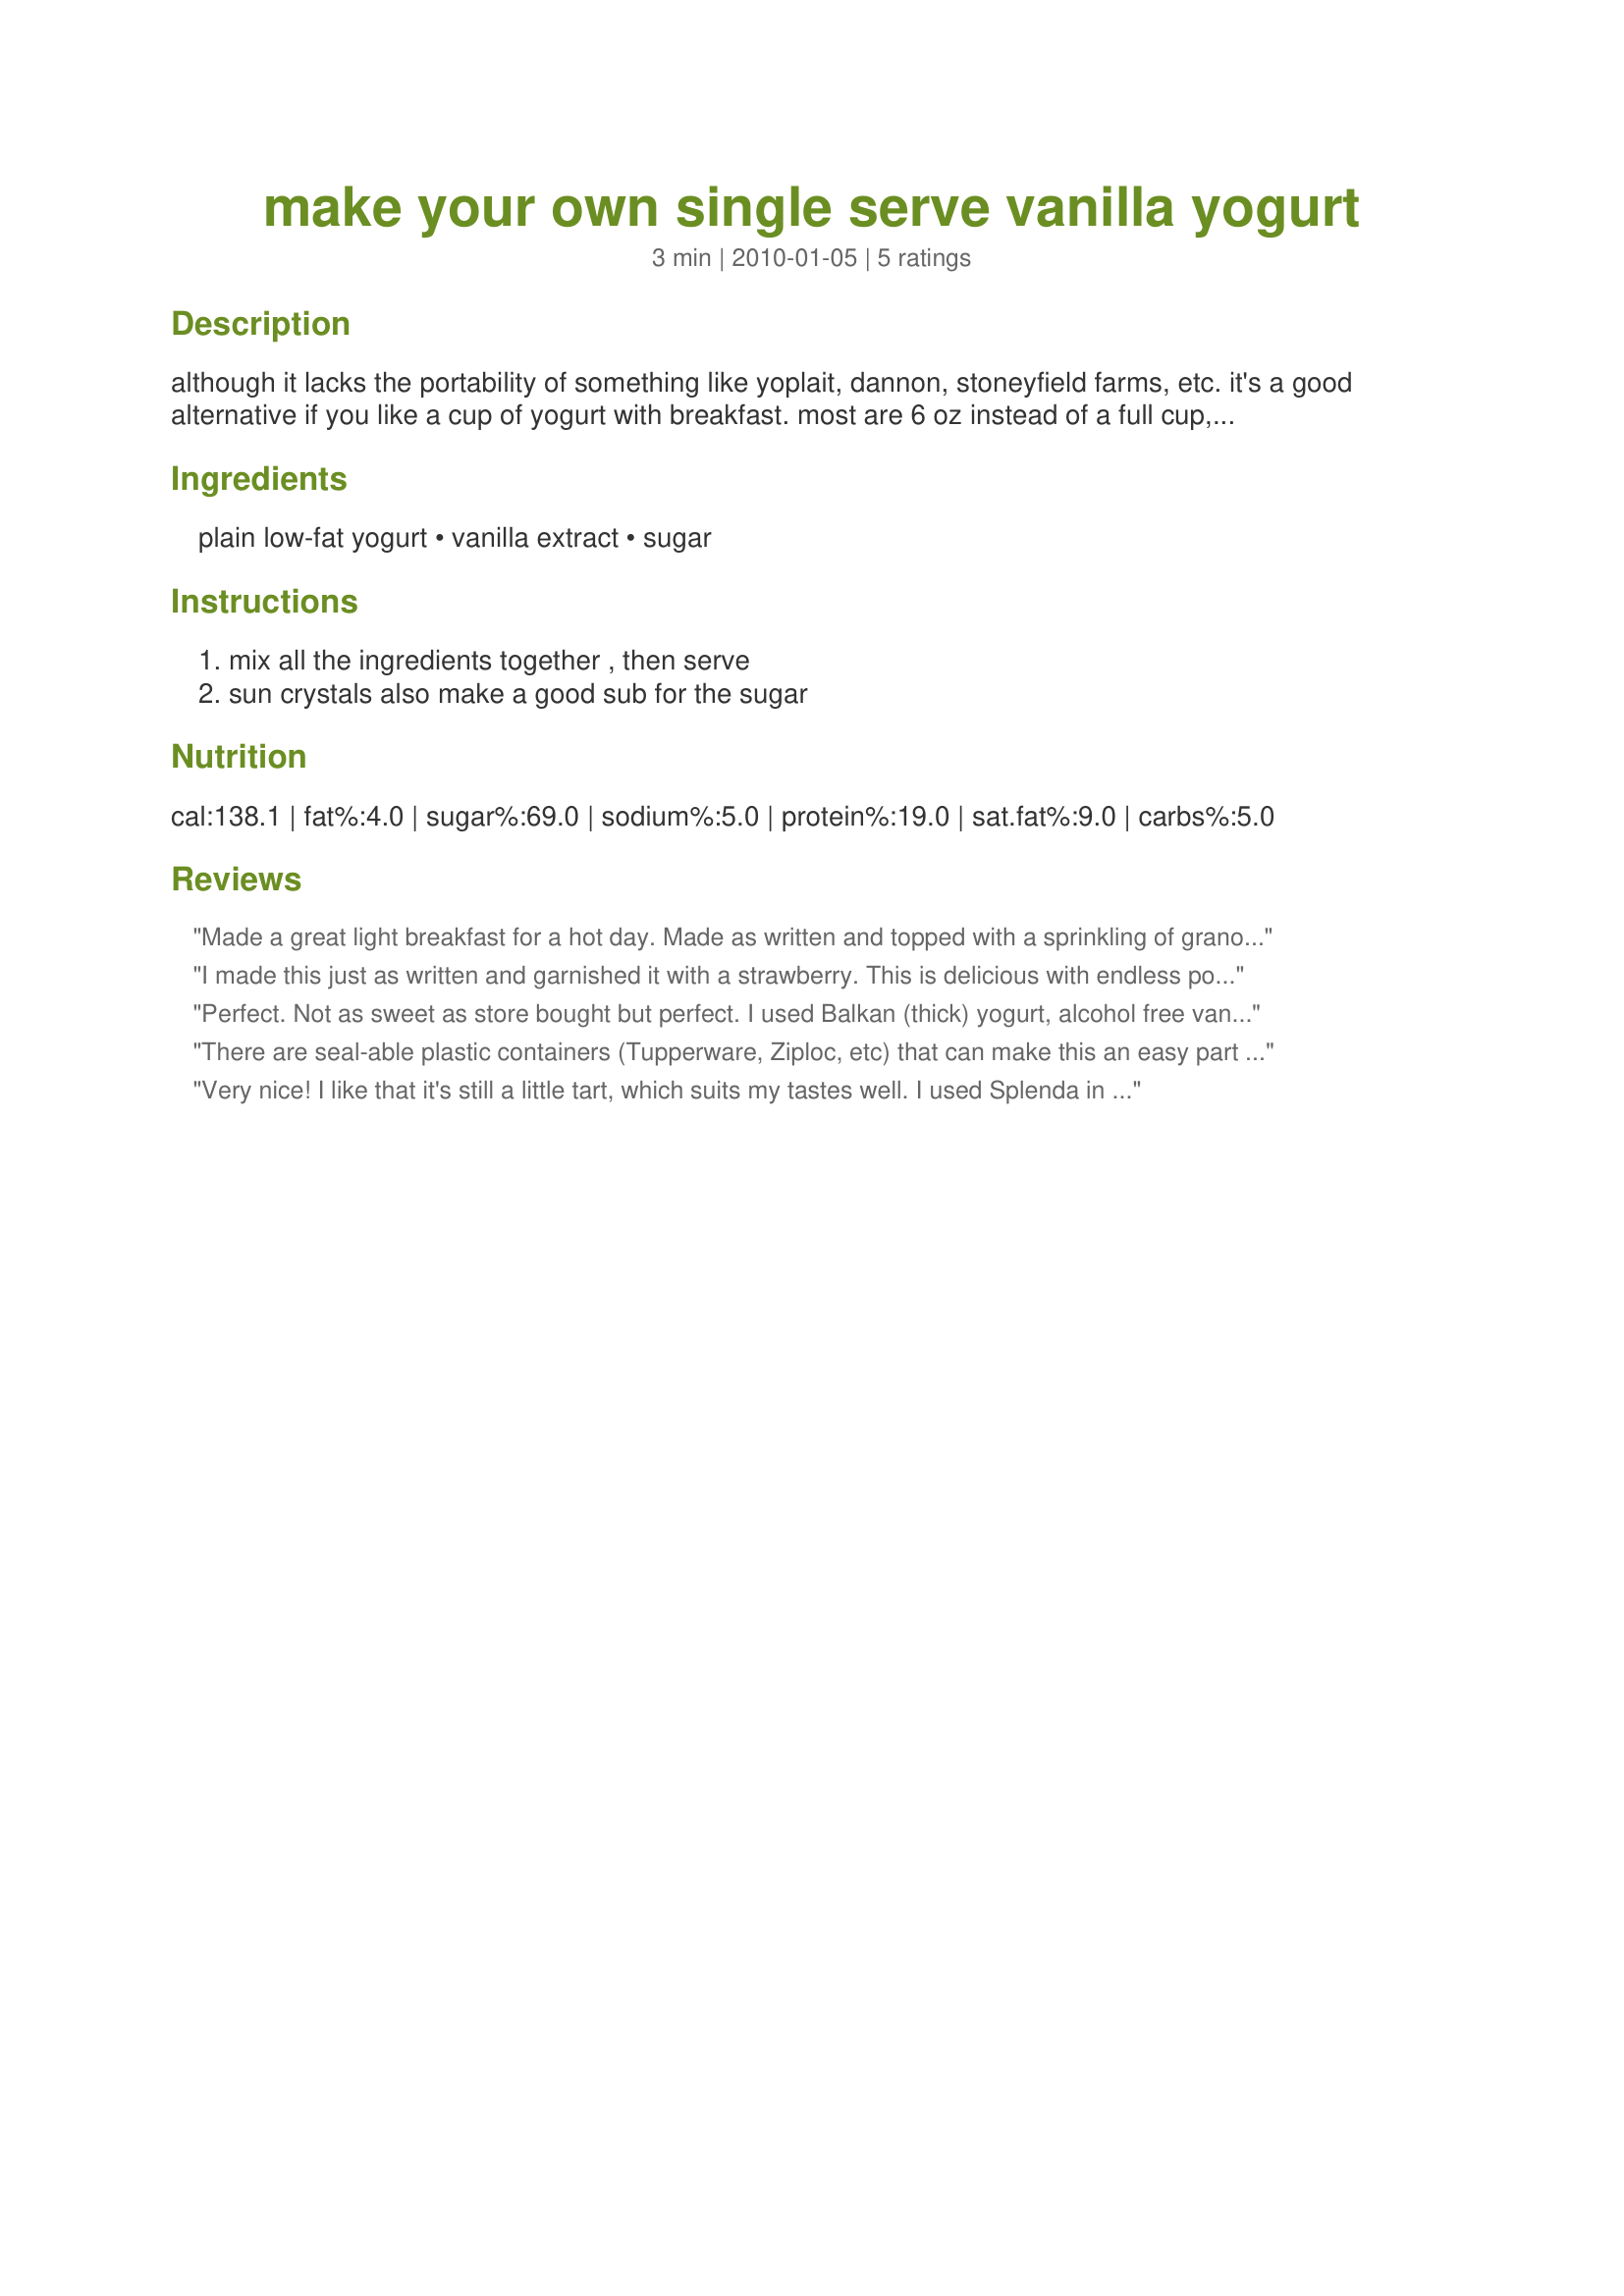
make your own single serve vanilla yogurt
Preparation time: 3 minutes

although it lacks the portability of something like yoplait, dannon, stoneyfield farms, etc. it's a good alternative if you like a cup of yogurt with breakfast. most are 6 oz instead of a full cup, so i decided to use that measurement instead. except for when i can get them really cheap or need to carry them to school or work, i think i'll use this method to make vanilla yogurt from now on. no hfcs monkey business here!

Ingredients:
plain low-fat yogurt, vanilla extract, sugar

Steps:
mix all the ingredients together , then serve, sun crystals also make a good sub for the sugar

Reviews:
Made a great light breakfast for a hot day. Made as written and topped with a sprinkling of granola. The amount of sweetener was perfect. Thanks so much for the post.
I made this just as written and garnished it with a strawberry. This is delicious with endless possibilities for variations. Made for Veggie Swap 22.
Perfect. Not as sweet as store bought but perfect. I used Balkan (thick) yogurt, alcohol free vanilla and white sugar. I would make this again.
There are seal-able plastic containers (Tupperware, Ziploc, etc) that can make this an easy part of a portable meal. As well, sugar / sweetener is purely optional, as good plain yogurt with a little vanilla is yummy all on its own!
Very nice! I like that it's still a little tart, which suits my tastes well. I used Splenda in place of the sugar with great results. Served mine with a hint of cinnamon and some cantaloupe for breakfast today. THANKS! Made as a recipenap for Veggie Swap May 2010.
